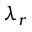
\lambda _ { r }